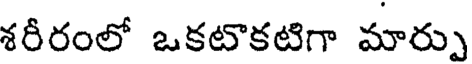
శరీరంలో ఒకటొకటిగా మార్పు